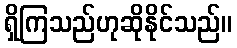
ရှိကြသည်ဟုဆိုနိုင်သည်။